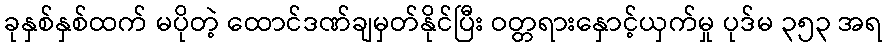
ခုနှစ်နှစ်ထက် မပိုတဲ့ ထောင်ဒဏ်ချမှတ်နိုင်ပြီး ဝတ္တရားနှောင့်ယှက်မှု ပုဒ်မ ၃၅၃ အရ